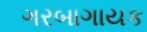
ગરબાગાયક